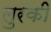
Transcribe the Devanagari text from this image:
लुरकी